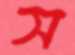
স